Civil Veterinary Department Bihar reports 1936-40 - 1936-1940
Year: 1936
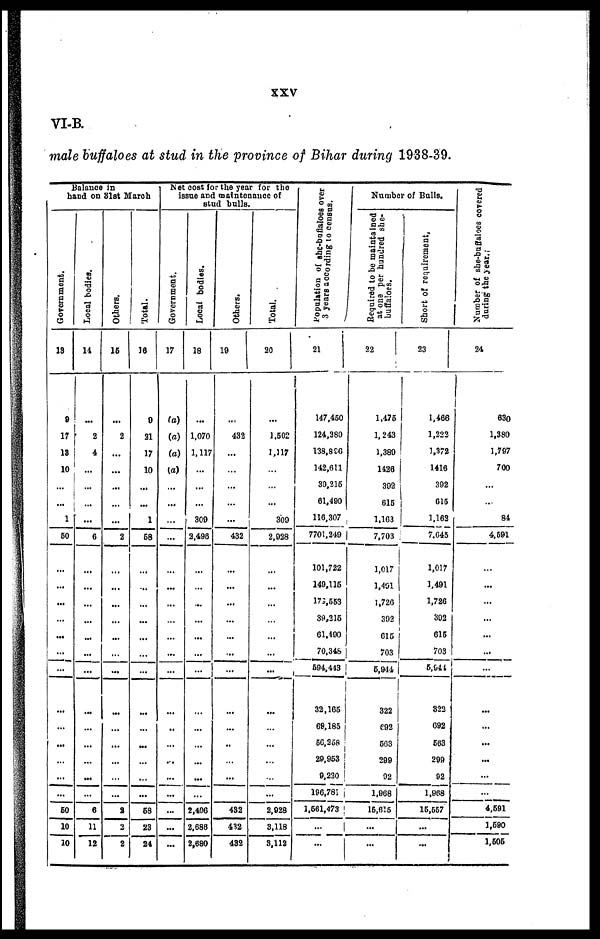
XXV
VI-B.
male buffaloes at stud in the province of Bihar during 1938-39.
Balanoe In
hand on 31st March
Government.
13
9
17
18
10
...
...
1
60
...
...
...
...
...
...
...
...
...
...
...
...
...
50
10
10
Local bodies.
14
...
2
4
...
...
...
...
6
...
...
...
...
...
...
...
...
...
...
...
...
...
6
11
12
Others.
16
...
2
...
...
...
...
...
2
...
...
...
...
...
...
...
...
...
...
...
...
...
a
2
2
Total.
16
0
21
17
10
...
...
1
68
...
...
...
...
...
...
...
...
...
...
...
...
...
68
23
24
Net cost for the year for the
issue and maintenance of
stud bulls.
Government.
17
(a)
(a)
(a)
(a)
...
...
...
...
...
...
...
...
...
...
...
...
..
...
...
...
...
...
...
...
Local bodies.
18
...
1.070
1.117
...
...
...
309
2,498
...
...
...
...
...
...
...
.
...
...
...
...
...
...
2,496
2,686
2,680
Others.
19
...
.
432
...
...
...
...
...
432
...
...
...
...
...
...
...
...
...
..
...
...
...
432
432
432
Total.
20
...
1.602
1,117
...
...
...
300
2,028
...
...
...
...
...
...
...
...
...
...
...
...
...
2,928
3,118
3,112
Population of she-buffaloes over
3 years according to census.
21
147,450
124,380
138.8C0
142,611
30,216
61,490
110,307
7701,249 |
101,722
149,116
173,553
39,316
01,490
70,348
594,443
32,165
69,185
56,258
29,963
9,230
196,781
1,561,473
...
...
Number of Balls.
Required to be maintained
at one per hundred she-
buffalors.
22
J
1.476
1,243
1.380
1426
302
616
1.103
7,703
1.017
1,401
1,720
392
615
703
5,944
322
692
603
299
02
1,908
15,615
...
...
Short of requirement,
23
1,466
1,222
1,372
1416
302
616
1,163
7,645
1,017
1,491
1,726
302
616
703
5,644
322
692
663
299
92
1,908
15,557
...
...
Number of she-buflaloes covered
during the year.;
24
630
1,380
1,797
700
...
...
84
4,591
...
...
...
...
...
...
...
...
...
...
...
...
...
4,591
1,690
1,606